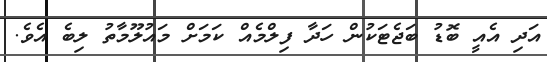
އަދި އެއީ ބޮޑު ބަޖެޓަކުން ހަދާ ފިލްމެއް ކަމަށް މައުލޫމާތު ލިބެ އެވެ.